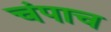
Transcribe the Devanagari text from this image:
चंपाच